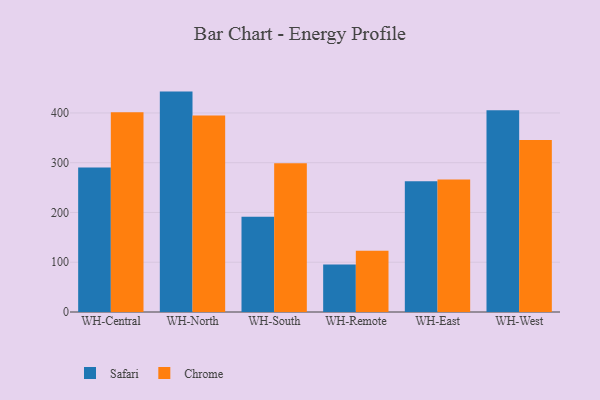
{"axis": {"x": "Warehouse", "y": "Churn Rate (%)"}, "legend": ["Chrome", "Safari"], "data": [{"x": "WH-Central", "y": 290.3, "type": "Safari"}, {"x": "WH-Central", "y": 401.6, "type": "Chrome"}, {"x": "WH-North", "y": 442.9, "type": "Safari"}, {"x": "WH-North", "y": 395.1, "type": "Chrome"}, {"x": "WH-South", "y": 191.6, "type": "Safari"}, {"x": "WH-South", "y": 299.0, "type": "Chrome"}, {"x": "WH-Remote", "y": 95.4, "type": "Safari"}, {"x": "WH-Remote", "y": 123.3, "type": "Chrome"}, {"x": "WH-East", "y": 262.5, "type": "Safari"}, {"x": "WH-East", "y": 266.3, "type": "Chrome"}, {"x": "WH-West", "y": 405.4, "type": "Safari"}, {"x": "WH-West", "y": 345.6, "type": "Chrome"}]}